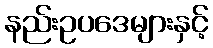
နည်းဥပဒေများနှင့်